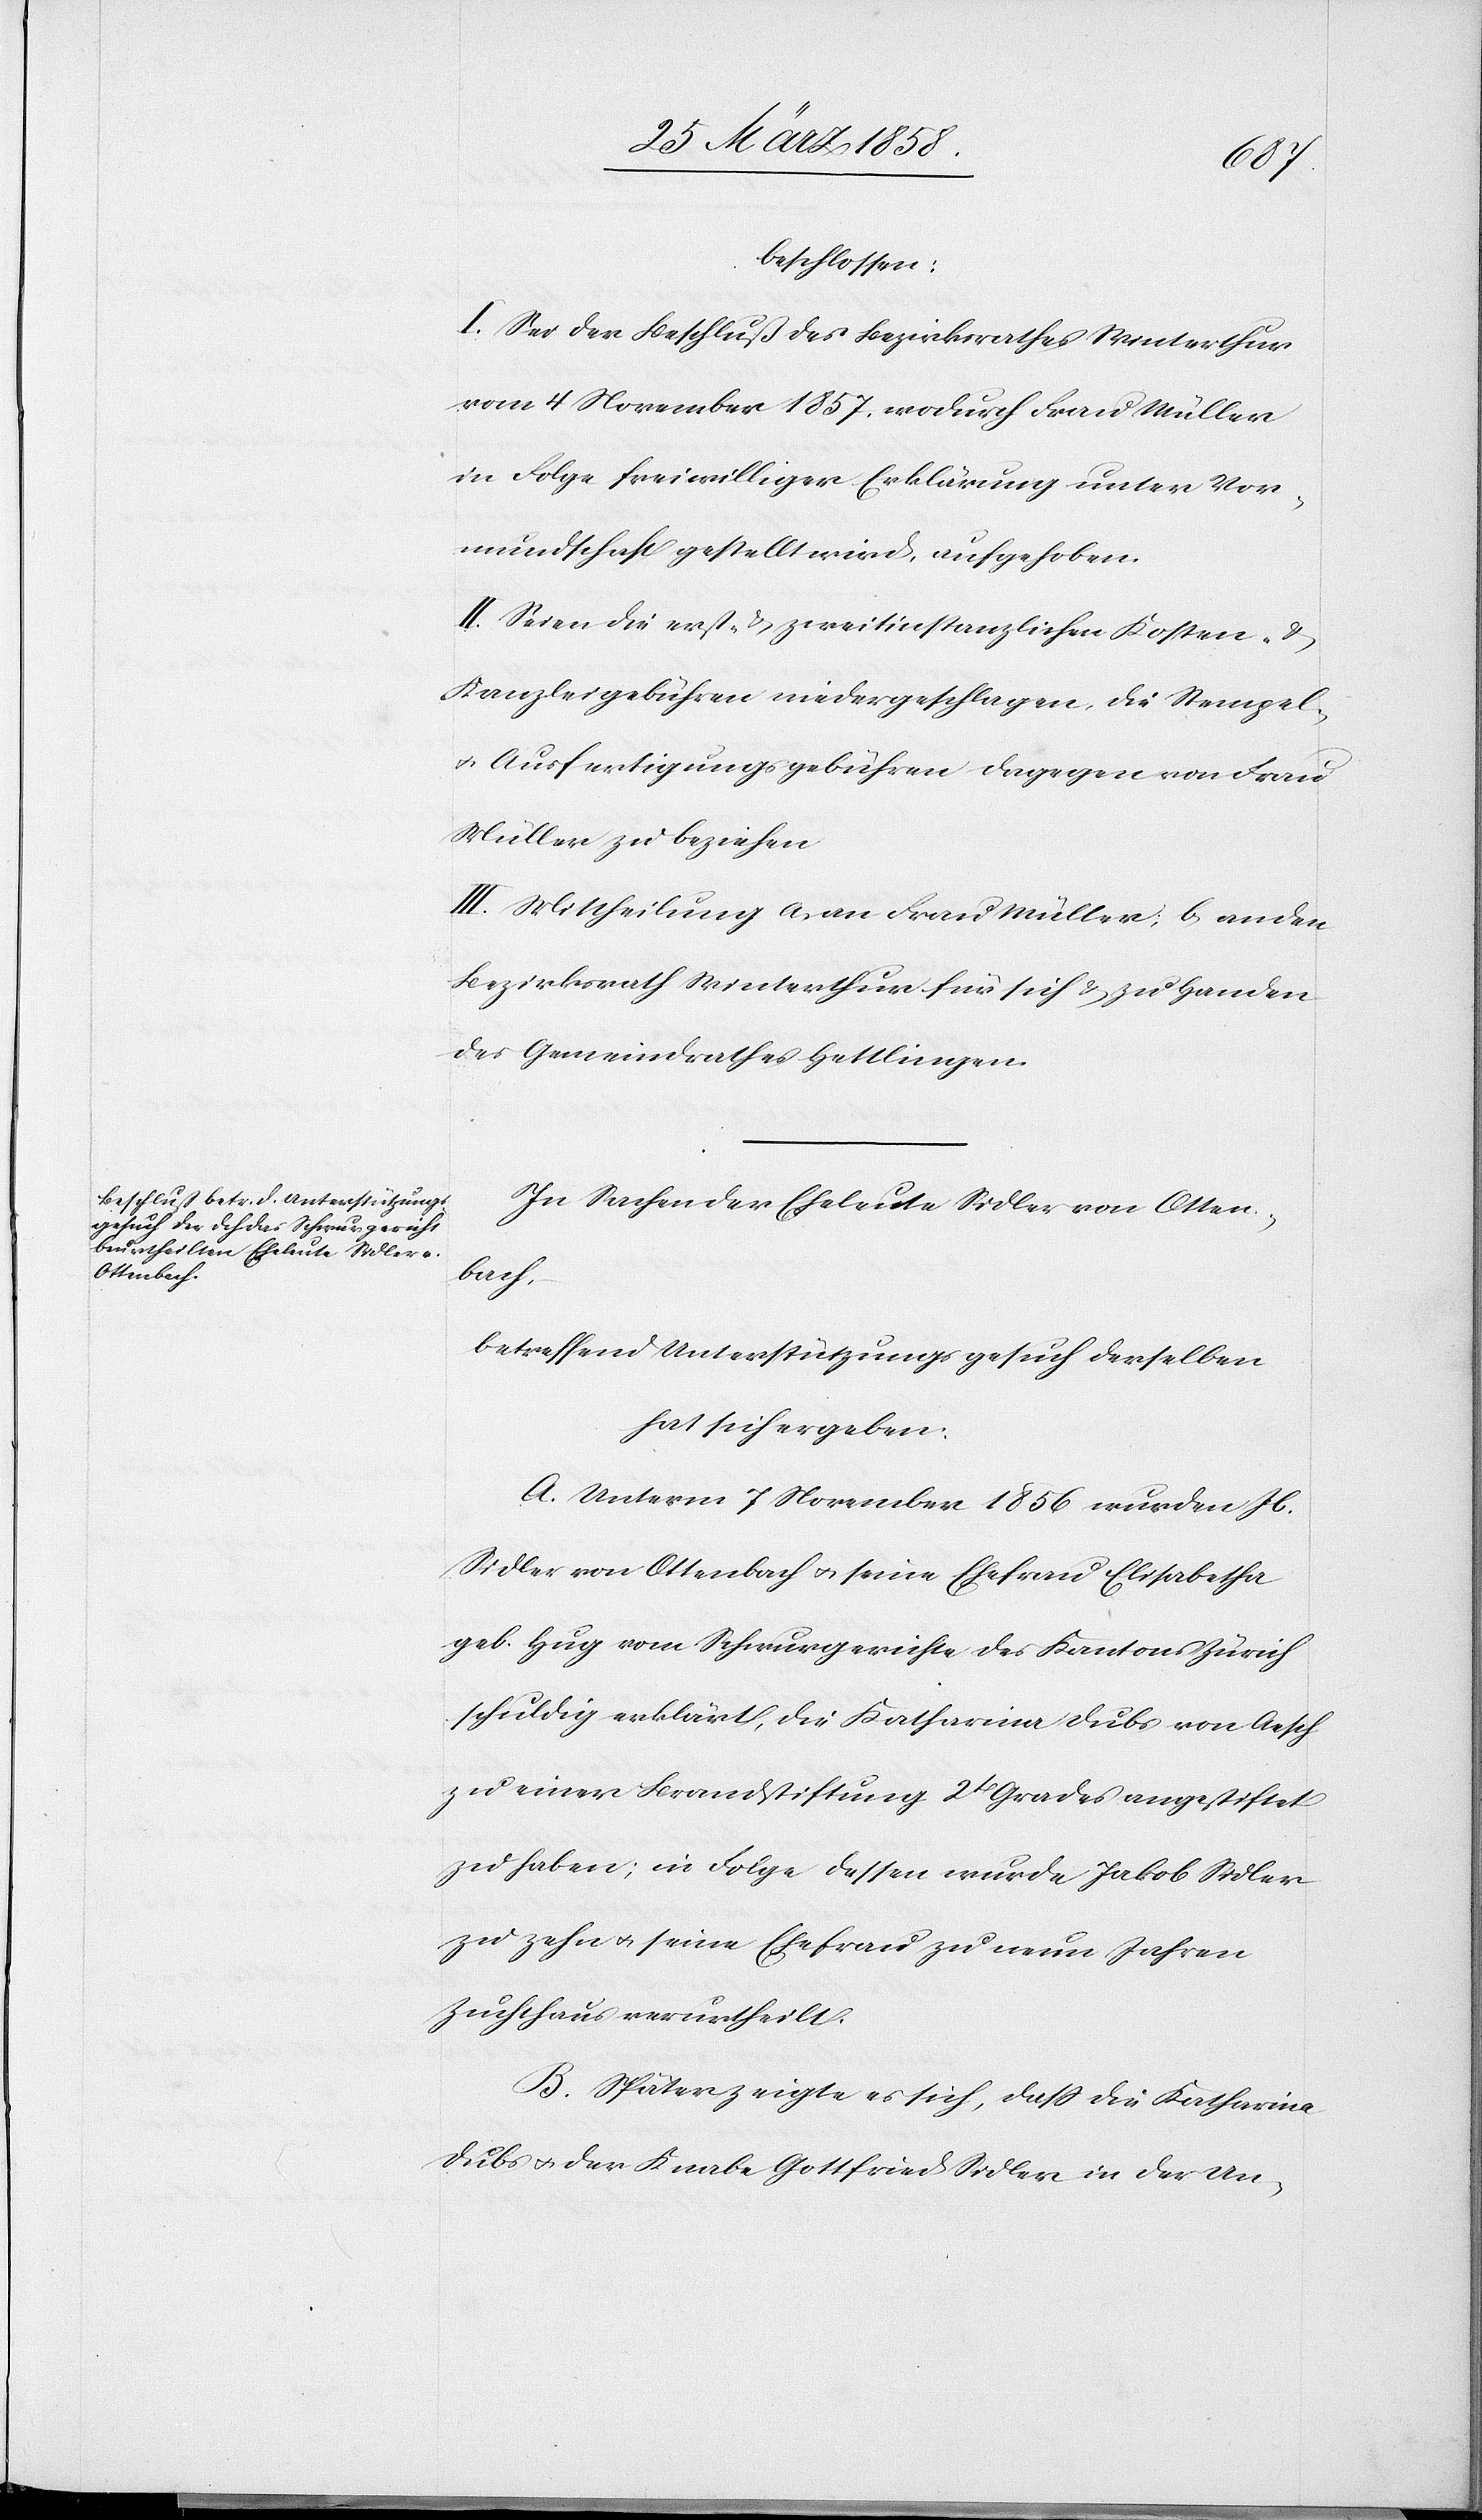
beschlossen:
I. Sei der Beschluß des Bezirksrathes Winterthur
vom 4. November 1857, wodurch Frau Müller
in Folge freiwilliger Erklärung unter Vor¬
mundschaft gestellt wird, aufgehoben.
II. Seien die erst- & zweitinstanzlichen Kosten- &
Kanzleigebühren niedergeschlagen, die Stempel-
u. Ausfertigungsgebühren dagegen von Frau
Müller zu beziehen.
III. Mittheilung a) an Frau Müller, b) an den
Bezirksrath Winterthur für sich & zu Handen
des Gemeindrathes Hettlingen.
In Sachen der Eheleute Sidler von Otten¬
bach,
betreffend Unterstützungsgesuch derselben
hat sich ergeben:
A. Unterm 7. November 1856 wurden Jb.
Sidler von Ottenbach u. seine Ehefrau Elisabetha
geb. Hug vom Schwurgerichte des Kantons Zürich
schuldig erklärt, die Katharina Dubs von Aesch
zu einer Brandstiftung 2t[en] Grades angestiftet
zu haben; in Folge dessen wurde Jakob Sidler
zu zehn u. seine Frau zu neun Jahren
Zuchthaus verurtheilt.
B. Später zeigte es sich, daß die Katharina
Dubs u. der Knabe Gottfried Sidler in der Un-